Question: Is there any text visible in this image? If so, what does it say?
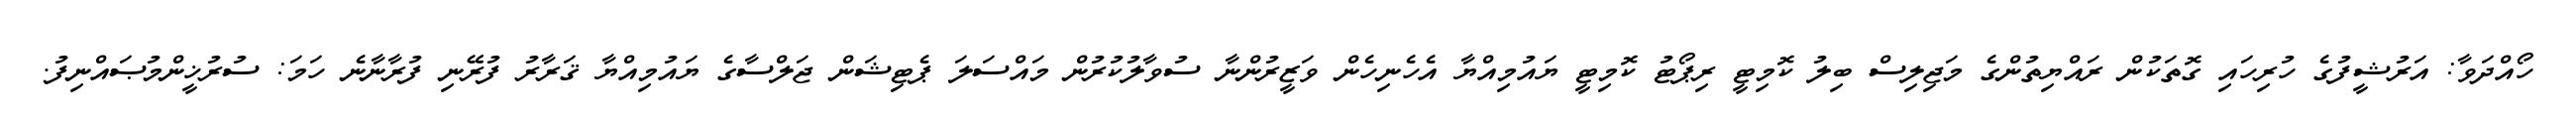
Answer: ހޯއްދަވާ: އަރުޝީފުގެ ހުރިހައި ގޮތަކުން ރައްޔިތުންގެ މަޖިލިސް ބިލު ކޮމިޓީ ރިޕޯޓު ކޮމިޓީ ޔައުމިއްޔާ އެހެނިހެން ވަޒީރުންނާ ސުވާލުކުރުން މައްސަލަ ޕެޓިޝަން ޖަލްސާގެ ޔައުމިއްޔާ ޤަރާރު ފުރޭނި ފުރާނާނެ ހަމަ: ސުރުޚީންމުޞައްނިފު.